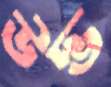
উদ্ভ